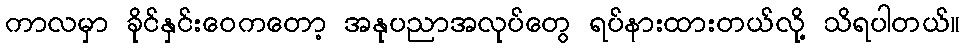
ကာလမှာ ခိုင်နှင်းဝေကတော့ အနုပညာအလုပ်တွေ ရပ်နားထားတယ်လို့ သိရပါတယ်။